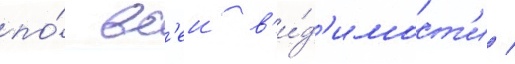
по́ вс'еи в'и́д'имост'и /